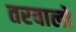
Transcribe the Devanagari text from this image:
तरवालों